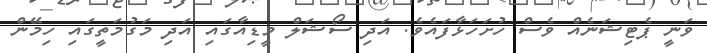
ވަނީ ޕެޓިޝަނެއް ވެސް ހުށަހަޅާފައެވެ. އަދި ސޯޝަލް މީޑިއާގައި އަދި މަގުމަތީގައި ހިމޭން